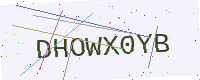
Text: DHOWX0YB